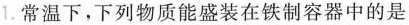
1.常温下，下列物质能盛装在铁制容器中的是